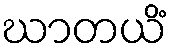
ဃာတယိံ